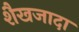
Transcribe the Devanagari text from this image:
शैखजादा